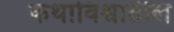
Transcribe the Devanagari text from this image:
कथाविश्वातील